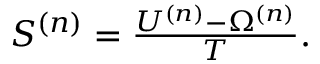
\begin{array} { r } { S ^ { ( n ) } = \frac { U ^ { ( n ) } - \Omega ^ { ( n ) } } { T } . } \end{array}